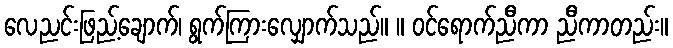
လေညင်းဖြည့်ချောက်၊ ရွက်ကြားလျှောက်သည်။ ။ ဝင်ရောက်ညီကာ ညီကာတည်း။